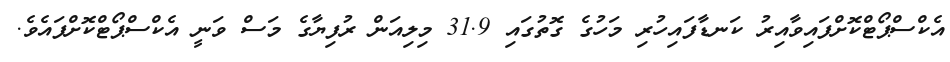
އެކްސްޕޯޓްކޮށްފައިވާއިރު ކަނޑާފައިހުރި މަހުގެ ގޮތުގައި 31.9 މިލިއަން ރުފިޔާގެ މަސް ވަނީ އެކްސްޕޯޓްކޮށްފައެވެ.